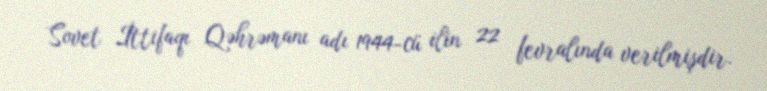
Sovet İttifaqı Qəhrəmanı adı 1944-cü ilin 22 fevralında verilmişdir.